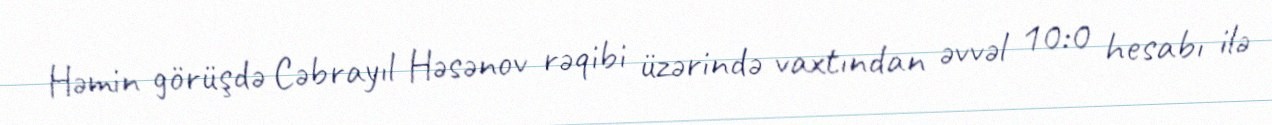
Həmin görüşdə Cəbrayıl Həsənov rəqibi üzərində vaxtından əvvəl 10:0 hesabı ilə